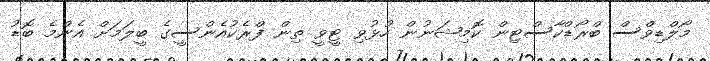
މޯލްޑިވްސް ބްރޯޑްކާސްޓިން ކޮމިޝަނުން ހުޅުވި ޓީވީ ތިން ފްރެކުއެންސީގެ ބީލަމަށް އެންމެ ބޮޑު